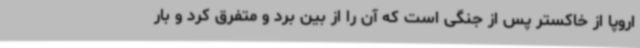
اروپا از خاکستر پس از جنگی است که آن را از بین برد و متفرق کرد و بار